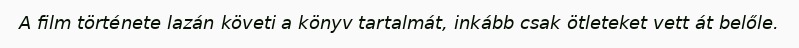
A film története lazán követi a könyv tartalmát, inkább csak ötleteket vett át belőle.